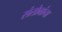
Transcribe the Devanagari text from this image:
संतोबांचा